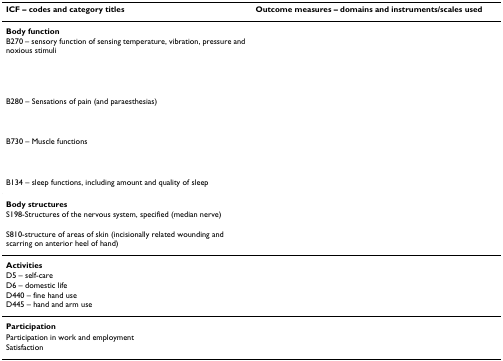
<table><thead><tr><td><b>ICF – codes and category titles</b></td><td><b>Outcome measures – domains and instruments/scales used</b></td></tr></thead><tbody><tr><td colspan="2"><b>Body function</b></td></tr><tr><td>B270 – sensory function of sensing temperature, vibration, pressure and noxious stimuli</td><td>[EMPTY_CELL]</td></tr><tr><td>[EMPTY_CELL]</td><td>[EMPTY_CELL]</td></tr><tr><td>[EMPTY_CELL]</td><td>[EMPTY_CELL]</td></tr><tr><td>[EMPTY_CELL]</td><td>[EMPTY_CELL]</td></tr><tr><td>B280 – Sensations of pain (and paraesthesias)</td><td>[EMPTY_CELL]</td></tr><tr><td>[EMPTY_CELL]</td><td>[EMPTY_CELL]</td></tr><tr><td>[EMPTY_CELL]</td><td>[EMPTY_CELL]</td></tr><tr><td>B730 – Muscle functions</td><td>[EMPTY_CELL]</td></tr><tr><td>[EMPTY_CELL]</td><td>[EMPTY_CELL]</td></tr><tr><td>[EMPTY_CELL]</td><td>[EMPTY_CELL]</td></tr><tr><td>[EMPTY_CELL]</td><td>[EMPTY_CELL]</td></tr><tr><td>B134 – sleep functions, including amount and quality of sleep</td><td>[EMPTY_CELL]</td></tr><tr><td colspan="2"><b>Body structures</b></td></tr><tr><td>S198-Structures of the nervous system, specified (median nerve)</td><td>[EMPTY_CELL]</td></tr><tr><td>S810-structure of areas of skin (incisionally related wounding and scarring on anterior heel of hand)</td><td>[EMPTY_CELL]</td></tr><tr><td colspan="2"><b>Activities</b></td></tr><tr><td>D5 – self-careD6 – domestic life</td><td>[EMPTY_CELL]</td></tr><tr><td>D440 – fine hand useD445 – hand and arm use</td><td>[EMPTY_CELL]</td></tr><tr><td colspan="2"><b>Participation</b></td></tr><tr><td>Participation in work and employment</td><td>[EMPTY_CELL]</td></tr><tr><td>Satisfaction</td><td>[EMPTY_CELL]</td></tr></tbody></table>